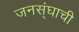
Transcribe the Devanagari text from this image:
जनस्ंघाची